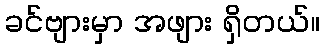
ခင်ဗျားမှာ အဖျား ရှိတယ်။